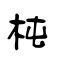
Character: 杶